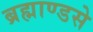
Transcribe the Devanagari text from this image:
ब्रह्माण्डसे